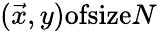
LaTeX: (\vec{x},y)\textrm{ofsize}N